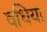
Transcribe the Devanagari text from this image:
वधिया